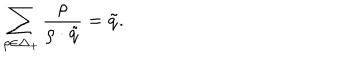
\sum _ { \rho \in \Delta _ { + } } { \frac { \rho } { \rho \cdot \tilde { q } } } = \tilde { q } .